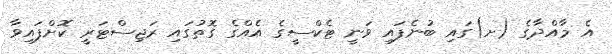
އެ މާއްދާގެ (ށ)ގައި ބުނެފައި ވަނީ ޓެކްސީގެ އެއްގެ ގޮތުގައި ރަޖިސްޓަރީ ކޮށްފައިވާ